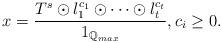
LaTeX: \begin{align*}x=\frac{T^s\odot l_1^{c_1}\odot \cdots \odot l_t^{c_t} }{ 1_{\mathbb{Q}_{max}}}, c_i \geq 0. \end{align*}